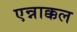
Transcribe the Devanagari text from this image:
एन्नाक्कल